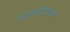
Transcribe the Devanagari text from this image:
कारकीर्दीजवळ